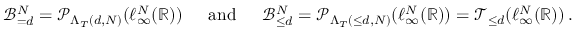
\begin{array} { r } { \mathcal { B } _ { = d } ^ { N } = \mathcal { P } _ { \Lambda _ { T } ( d , N ) } ( \ell _ { \infty } ^ { N } ( \mathbb { R } ) ) \, \, \, \, \, \, \, \, \, \mathrm { a n d } \, \, \, \, \, \, \, \, \, \mathcal { B } _ { \leq d } ^ { N } = \mathcal { P } _ { \Lambda _ { T } ( \leq d , N ) } ( \ell _ { \infty } ^ { N } ( \mathbb { R } ) ) = \mathcal { T } _ { \leq d } ( \ell _ { \infty } ^ { N } ( \mathbb { R } ) ) \, . } \end{array}